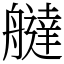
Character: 𦪭